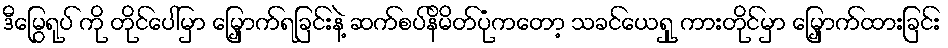
ဒီမြွေရုပ် ကို တိုင်ပေါ်မှာ မြှောက်ရခြင်းနဲ့ ဆက်စပ်နိမိတ်ပုံကတော့ သခင်ယေရှု ကားတိုင်မှာ မြှောက်ထားခြင်း